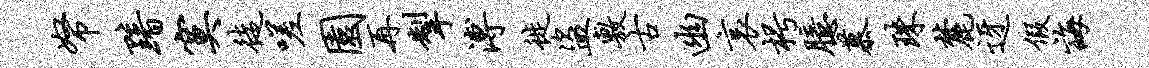
帑黯寞徒嗟园再掣溥徙盗敷古幽哀枵臆慕珠麓迓假诲